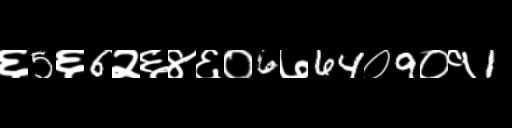
Text: ६5६6२६४६०6७64०9०१1